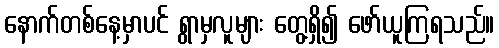
နောက်တစ်နေ့မှာပင် ရွာမှလူများ တွေ့ရှိ၍ ဖော်ယူကြရသည်။